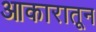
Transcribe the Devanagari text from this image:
आकारातून